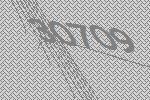
30709